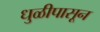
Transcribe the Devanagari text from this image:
धुळीपासून